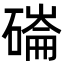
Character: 磮